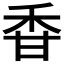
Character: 𥞌